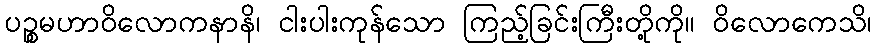
ပဉ္စမဟာဝိလောကနာနိ၊ ငါးပါးကုန်သော ကြည့်ခြင်းကြီးတို့ကို။ ဝိလောကေသိ၊